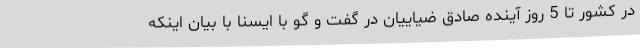
در کشور تا 5 روز آینده صادق ضیاییان در گفت و گو با ایسنا با بیان اینکه